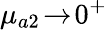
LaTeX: \mu_{a2}\! \to\! 0^{+}